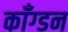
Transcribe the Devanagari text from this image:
काँग्डन